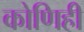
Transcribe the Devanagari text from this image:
कोणिही